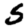
Digit: 5